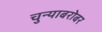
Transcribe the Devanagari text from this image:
चुन्याबरोबर